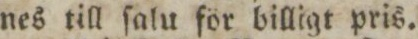
nes till ſalu för billigt pris.